Indian journal of veterinary science and animal husbandry - Volume 10,
Year: 1940
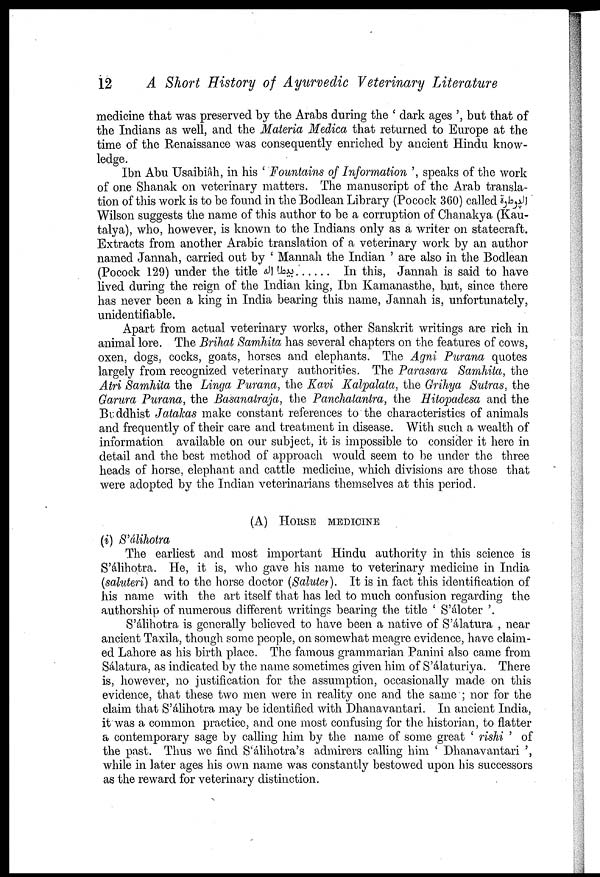
12
A Short History of Ayurvedic Veterinary Literature
medicine that was preserved by the Arabs during the ' dark ages ', but that of
the Indians as well, and the Materia Medica that returned to Europe at the
time of the Renaissance was consequently enriched by ancient Hindu know-
ledge.
Ibn Abu Usaibiâh, in his ' Fountains of Information ', speaks of the work
of one Shanak on veterinary matters. The manuscript of the Arab transla-
tion of this work is to be found in the Bodlean Library (Pocock 360) called
Wilson suggests the name of this author to be a corruption of Chanakya (Kau¬
talya), who, however, is known to the Indians only as a writer on statecraft.
Extracts from another Arabic translation of a veterinary work by an author
named Jannah, carried out by ' Mannah the Indian ' are also in the Bodlean
(Pocock 129) under the title . . . . . . In this, Jannah is said to have
lived during the reign of the Indian king, Ibn Kamanasthe, but, since there
has never been a king in India bearing this name, Jannah is, unfortunately,
unidentifiable.
Apart from actual veterinary works, other Sanskrit writings are rich in
animal lore. The Brihat Samhita has several chapters on the features of cows,
oxen, dogs, cocks, goats, horses and elephants. The Agni Purana quotes
largely from recognized veterinary authorities. The Parasara Samhita, the
Atri Samhita the Linga Purana, the Kavi Kalpalata, the Grihya Sutras, the
Garura Purana, the Basanatraja, the Panchatantra, the Hitopadesa and the
Buddhist Jatakas make constant references to the characteristics of animals
and frequently of their care and treatment in disease. With such a wealth of
information available on our subject, it is impossible to consider it here in
detail and the best method of approach would seem to be under the three
heads of horse, elephant and cattle medicine, which divisions are those that
were adopted by the Indian veterinarians themselves at this period.
(A) HORSE MEDICINE
(i) S'álihotra
The earliest and most important Hindu authority in this science is
S'álihotra. He, it is, who gave his name to veterinary medicine in India
(saluteri) and to the horse doctor (Saluter). It is in fact this identification of
his name with the art itself that has led to much confusion regarding the
authorship of numerous different writings bearing the title ' S'áloter '.
S'álihotra is generally believed to have been a native of S'álatura , near
ancient Taxila, though some people, on somewhat meagre evidence, have claim-
ed Lahore as his birth place. The famous grammarian Panini also came from
Sálatura, as indicated by the name sometimes given him of S'álaturiya. There
is, however, no justification for the assumption, occasionally made on this
evidence, that these two men were in reality one and the same ; nor for the
claim that S'álihotra may be identified with Dhanavantari. In ancient India,
it was a common practice, and one most confusing for the historian, to flatter
a contemporary sage by calling him by the name of some great ' rishi ' of
the past. Thus we find S'álihotra's admirers calling him ' Dhanavantari ',
while in later ages his own name was constantly bestowed upon his successors
as the reward for veterinary distinction.